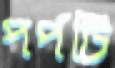
পর্পটি